Plague in India, 1896, 1897 - Volume 2
Year: 1896
Disease focus: Plague
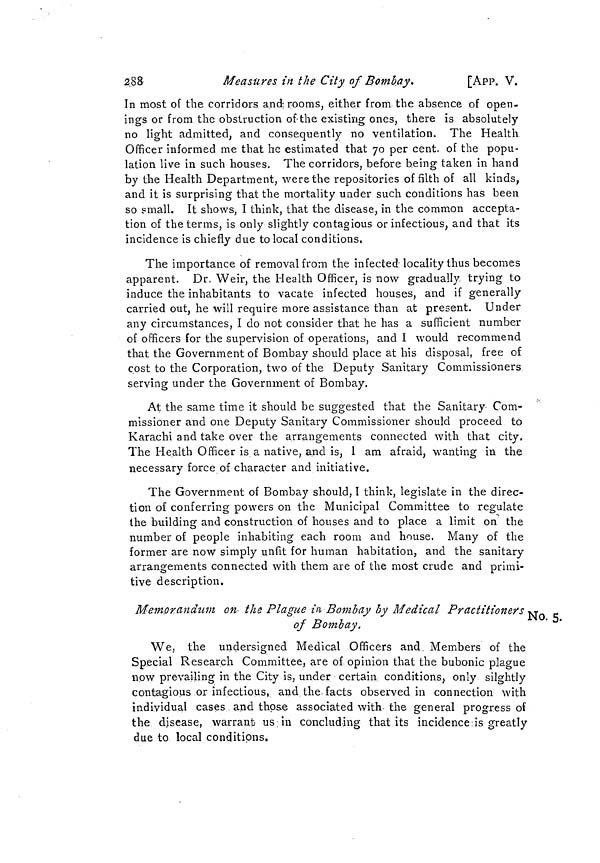
288
Measures in the City of Bombay.
[App. V.
In most of the corridors and. rooms, either from the absence of open-
ings or from the obstruction of the existing ones, there is absolutely
no light admitted, and consequently no ventilation. The Health
Officer informed me that he estimated that 70 per cent, of the popu-
lation live in such houses. The corridors, before being taken in hand
by the Health Department, were the repositories of filth of all kinds,
and it is surprising that the mortality under such conditions has been
so small. It shows, I think, that the disease, in the common accepta-
tion of the terms, is only slightly contagious or infectious, and that its
incidence is chiefly due to local conditions.
The importance of removal from the infected locality thus becomes
apparent. Dr. Weir, the Health Officer, is now gradually trying to
induce the inhabitants to vacate infected houses, and if generally
carried out, he will require more assistance than at present. Under
any circumstances, I do not consider that he has a sufficient number
of officers for the supervision of operations, and I would recommend
that the Government of Bombay should place at his disposal, free of
cost to the Corporation, two of the Deputy Sanitary Commissioners
serving under the Government of Bombay.
At the same time it should be suggested that the Sanitary- Com-
missioner and one Deputy Sanitary Commissioner should proceed to
Karachi and take over the arrangements connected with that city.
The Health Officer is a native, and is, I am afraid, wanting in the
necessary force of character and initiative.
The Government of Bombay should, I think, legislate in the direc-
tion of conferring powers on the Municipal Committee to regulate
the building and construction of houses and to place a limit on the
number of people inhabiting each room and house. Many of the
former are now simply unfit for human habitation, and the sanitary
arrangements connected with them are of the most crude and primi-
tive description.
No. 5.
Memorandum on- the Plague in Bombay by Medical Practitioners ,
of Bombay.
We, the undersigned Medical Officers and Members of the
Special Research Committee, are of opinion that the bubonic plague
now prevailing in the City is, under certain conditions, only silghtly
contagious or infectious, and the. facts observed in connection with
individual cases and thpse associated with the general progress of
the djsease, warrant us in concluding that its incidence.is greatly
due to local conditions.